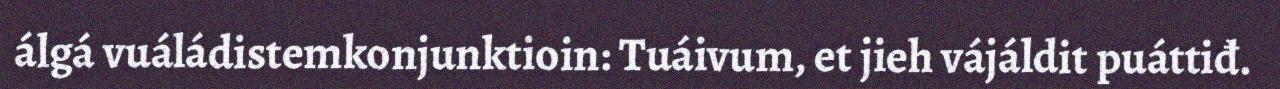
álgá vuáládistemkonjunktioin: Tuáivum, et jieh vájáldit puáttiđ.